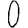
Digit: 0